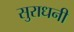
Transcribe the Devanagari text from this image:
सुराधनी